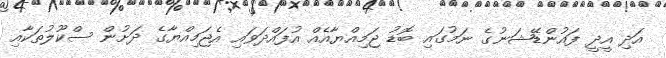
އަދި އީދީ ފައުންޑޭޝަނުގެ ނަމުގައި ބޮޑު ޖަމިއްޔާއެއް އުފައްދަވައި އެޖަމިއްޔާގެ ދަށުން ސްކޫލުތަކާއި